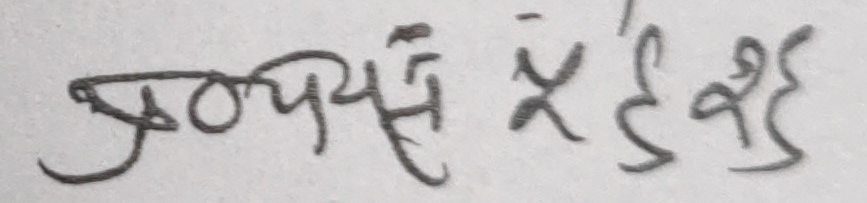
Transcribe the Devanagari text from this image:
प्रघसे५२७